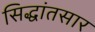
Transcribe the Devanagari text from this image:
सिद्धांतसार